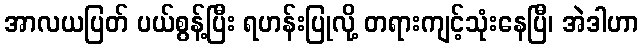
အာလယပြတ် ပယ်စွန့်ပြီး ရဟန်းပြုလို့ တရားကျင့်သုံးနေပြီ၊ အဲဒါဟာ